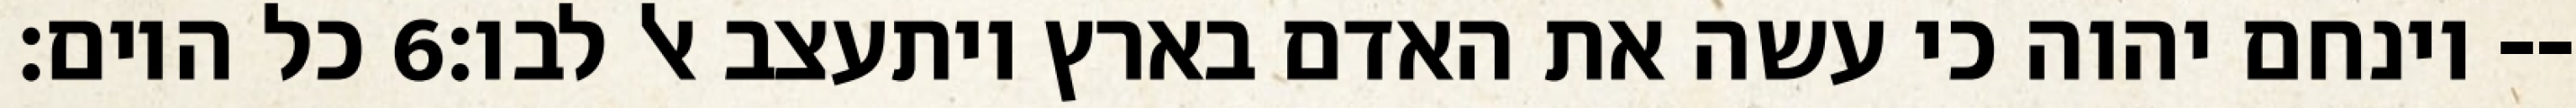
כל היום׃ ‎6‏ וינחם יהוה כי עשה את האדם בארץ ויתעצב אל לבו׃--